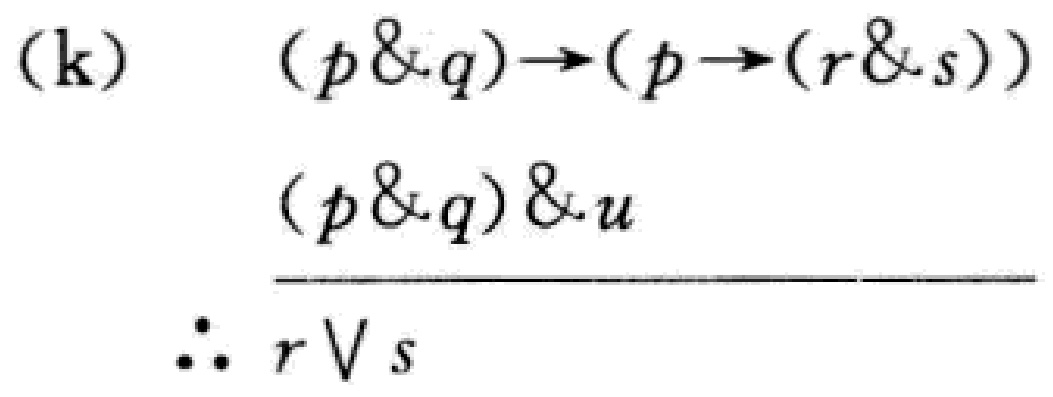
\[
\begin{align*}
(\text{k})\quad&(p\&q)\to(p\to(r\&s))\\
&(p\&q)\&u\\
\hline
&\therefore r\vee s
\end{align*}
\]